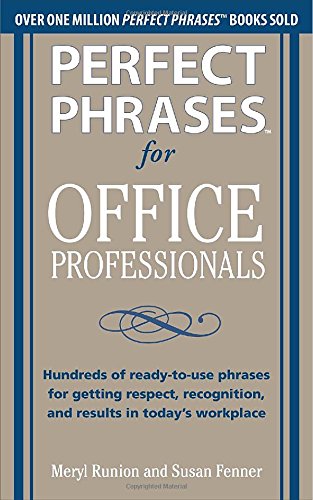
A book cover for Perfect Phrases for Office Professionals: Hundreds of ready-to-use phrases for getting respect, recognition, and results in today's workplace (Perfect Phrases Series); Meryl Runion; Business & Money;